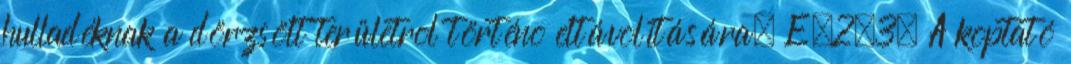
hulladéknak a dörzsölt területrõl történõ eltávolítására. E.2.3. A koptató